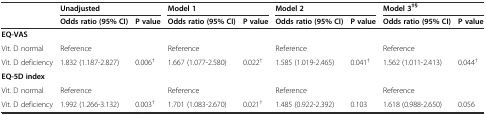
<table><thead><tr><td></td><td colspan="2"><b>Unadjusted</b></td><td colspan="2"><b>Model 1</b></td><td colspan="2"><b>Model 2</b></td><td colspan="2"><b>Model 3<sup>‡§</sup></b></td></tr><tr><td></td><td><b>Odds ratio (95% CI)</b></td><td><b>P value</b></td><td><b>Odds ratio (95% CI)</b></td><td><b>P value</b></td><td><b>Odds ratio (95% CI)</b></td><td><b>P value</b></td><td><b>Odds ratio (95% CI)</b></td><td><b>P value</b></td></tr></thead><tbody><tr><td><b>EQ-VAS</b></td><td></td><td></td><td></td><td></td><td></td><td></td><td></td><td></td></tr><tr><td>Vit. D normal</td><td>Reference</td><td></td><td>Reference</td><td></td><td>Reference</td><td></td><td>Reference</td><td></td></tr><tr><td>Vit. D deficiency</td><td>1.832 (1.187-2.827)</td><td>0.006<sup>†</sup></td><td>1.667 (1.077-2.580)</td><td>0.022<sup>†</sup></td><td>1.585 (1.019-2.465)</td><td>0.041<sup>†</sup></td><td>1.562 (1.011-2.413)</td><td>0.044<sup>†</sup></td></tr><tr><td><b>EQ-5D index</b></td><td></td><td></td><td></td><td></td><td></td><td></td><td></td><td></td></tr><tr><td>Vit. D normal</td><td>Reference</td><td></td><td>Reference</td><td></td><td>Reference</td><td></td><td>Reference</td><td></td></tr><tr><td>Vit. D deficiency</td><td>1.992 (1.266-3.132)</td><td>0.003<sup>†</sup></td><td>1.701 (1.083-2.670)</td><td>0.021<sup>†</sup></td><td>1.485 (0.922-2.392)</td><td>0.103</td><td>1.618 (0.988-2.650)</td><td>0.056</td></tr></tbody></table>